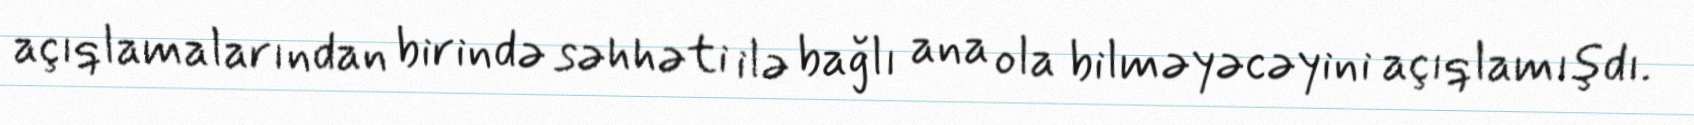
açıqlamalarından birində səhhəti ilə bağlı ana ola bilməyəcəyini açıqlamışdı.